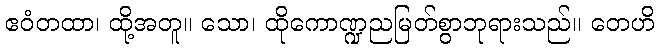
ဧဝံတထာ၊ ထို့အတူ။ သော၊ ထိုကောဏ္ဍညမြတ်စွာဘုရားသည်။ တေဟိ